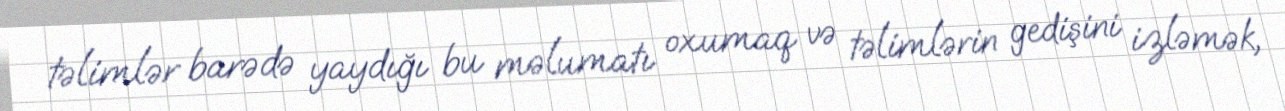
təlimlər barədə yaydığı bu məlumatı oxumaq və təlimlərin gedişini izləmək,